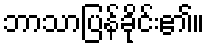
ဘာသာပြန်ခိုင်း၏။